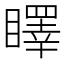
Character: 䁺